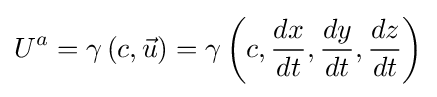
U^{a}=\gamma \left(c,{\vec {u}}\right)=\gamma \left(c,{\frac {dx}{dt}},{\frac {dy}{dt}},{\frac {dz}{dt}}\right)